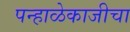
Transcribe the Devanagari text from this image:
पन्हाळेकाजीचा